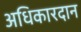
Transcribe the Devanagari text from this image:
अधिकारदान